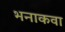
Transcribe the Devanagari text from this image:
भनाकवा